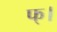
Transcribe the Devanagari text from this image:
फ्।